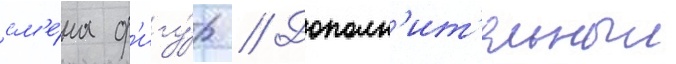
см'е́на ф'игу́р // Дополн'ит'ельныи